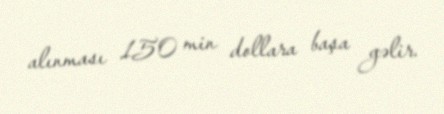
alınması 150 min dollara başa gəlir.